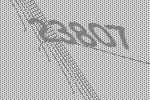
23807